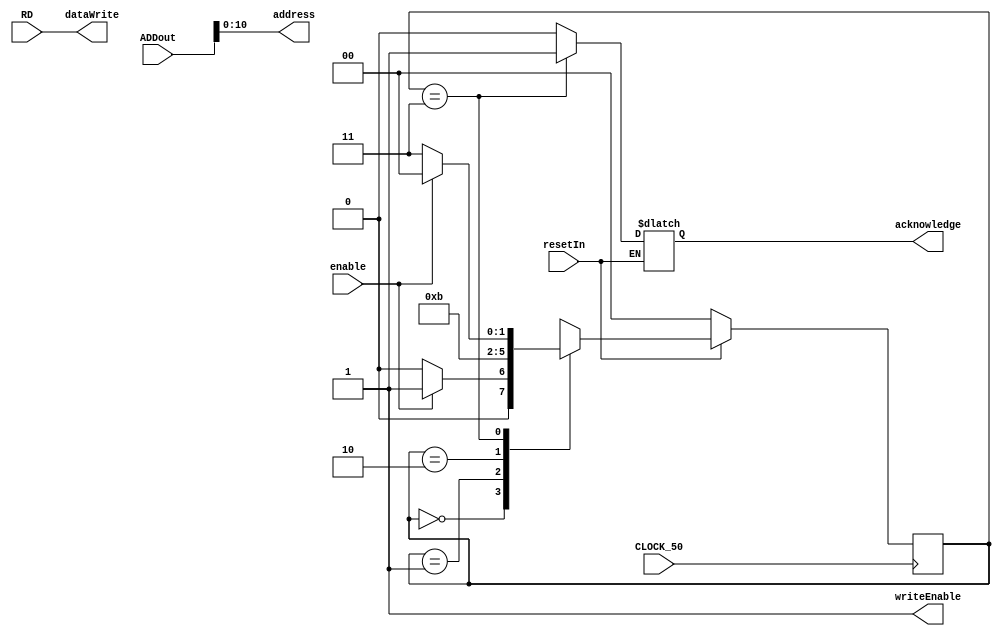
module storeToMM(input enable, output reg acknowledge, input [31:0]ADDout,input [31:0]RD,output [31:0]dataWrite,
						output writeEnable, output[10:0]address ,input CLOCK_50, input resetIn);

	
	assign dataWrite=RD;
	assign address=ADDout[10:0];
	assign writeEnable=1;
	
	reg [1:0]state_Q;
	reg [1:0]state_D;
	
	always@(*)
	begin
		if(resetIn)
		begin
			case(state_Q)
				
				2'b00:begin
					if(enable)
						state_D<=2'b01;
					else
						state_D<=2'b00;
					
					acknowledge=0;
				
				end
				
				2'b01:begin
					
					state_D<=2'b10;
					
					acknowledge=0;
				
				end
				
				
				2'b10:begin
					
					state_D<=2'b11;
					
					acknowledge=0;
				
				end
				
				2'b11:begin
					if(enable)
						state_D<=2'b00;
					else
						state_D<=2'b11;
					
					acknowledge=1;
				
				end
				
			
			endcase
		end
		else
		begin
			state_D<=2'b00;	
		end
	
	end
	
	always@(posedge CLOCK_50)
	begin
		state_Q<=state_D;
	end
	
endmodule